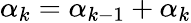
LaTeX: \alpha_{k}=\alpha_{k-1}+\alpha_{k}